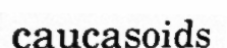
caucasoids